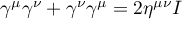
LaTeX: \gamma ^ { \mu } \gamma ^ { \nu } + \gamma ^ { \nu } \gamma ^ { \mu } = 2 \eta ^ { \mu \nu } I